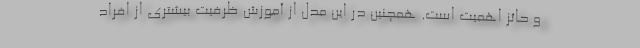
و حائز اهمیت است. همچنین در این مدل از آموزش ظرفیت بیشتری از افراد